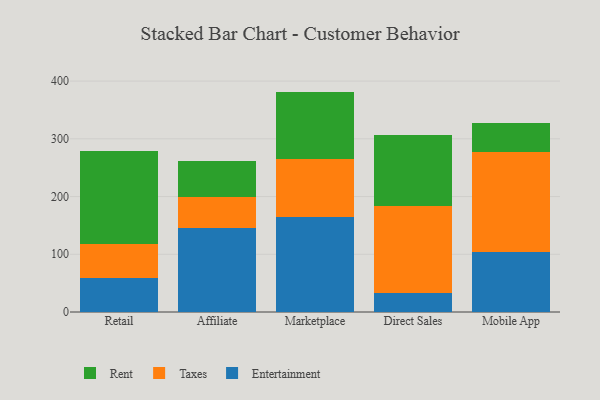
{"axis": {"x": "Channel", "y": "Page Views"}, "legend": ["Entertainment", "Rent", "Taxes"], "data": [{"x": "Retail", "y": 59.7, "type": "Entertainment"}, {"x": "Retail", "y": 58.8, "type": "Taxes"}, {"x": "Retail", "y": 160.0, "type": "Rent"}, {"x": "Affiliate", "y": 145.3, "type": "Entertainment"}, {"x": "Affiliate", "y": 53.6, "type": "Taxes"}, {"x": "Affiliate", "y": 62.8, "type": "Rent"}, {"x": "Marketplace", "y": 164.5, "type": "Entertainment"}, {"x": "Marketplace", "y": 101.0, "type": "Taxes"}, {"x": "Marketplace", "y": 116.3, "type": "Rent"}, {"x": "Direct Sales", "y": 33.4, "type": "Entertainment"}, {"x": "Direct Sales", "y": 150.5, "type": "Taxes"}, {"x": "Direct Sales", "y": 123.2, "type": "Rent"}, {"x": "Mobile App", "y": 103.4, "type": "Entertainment"}, {"x": "Mobile App", "y": 174.4, "type": "Taxes"}, {"x": "Mobile App", "y": 48.9, "type": "Rent"}]}